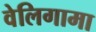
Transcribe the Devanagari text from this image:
वेलिगामा